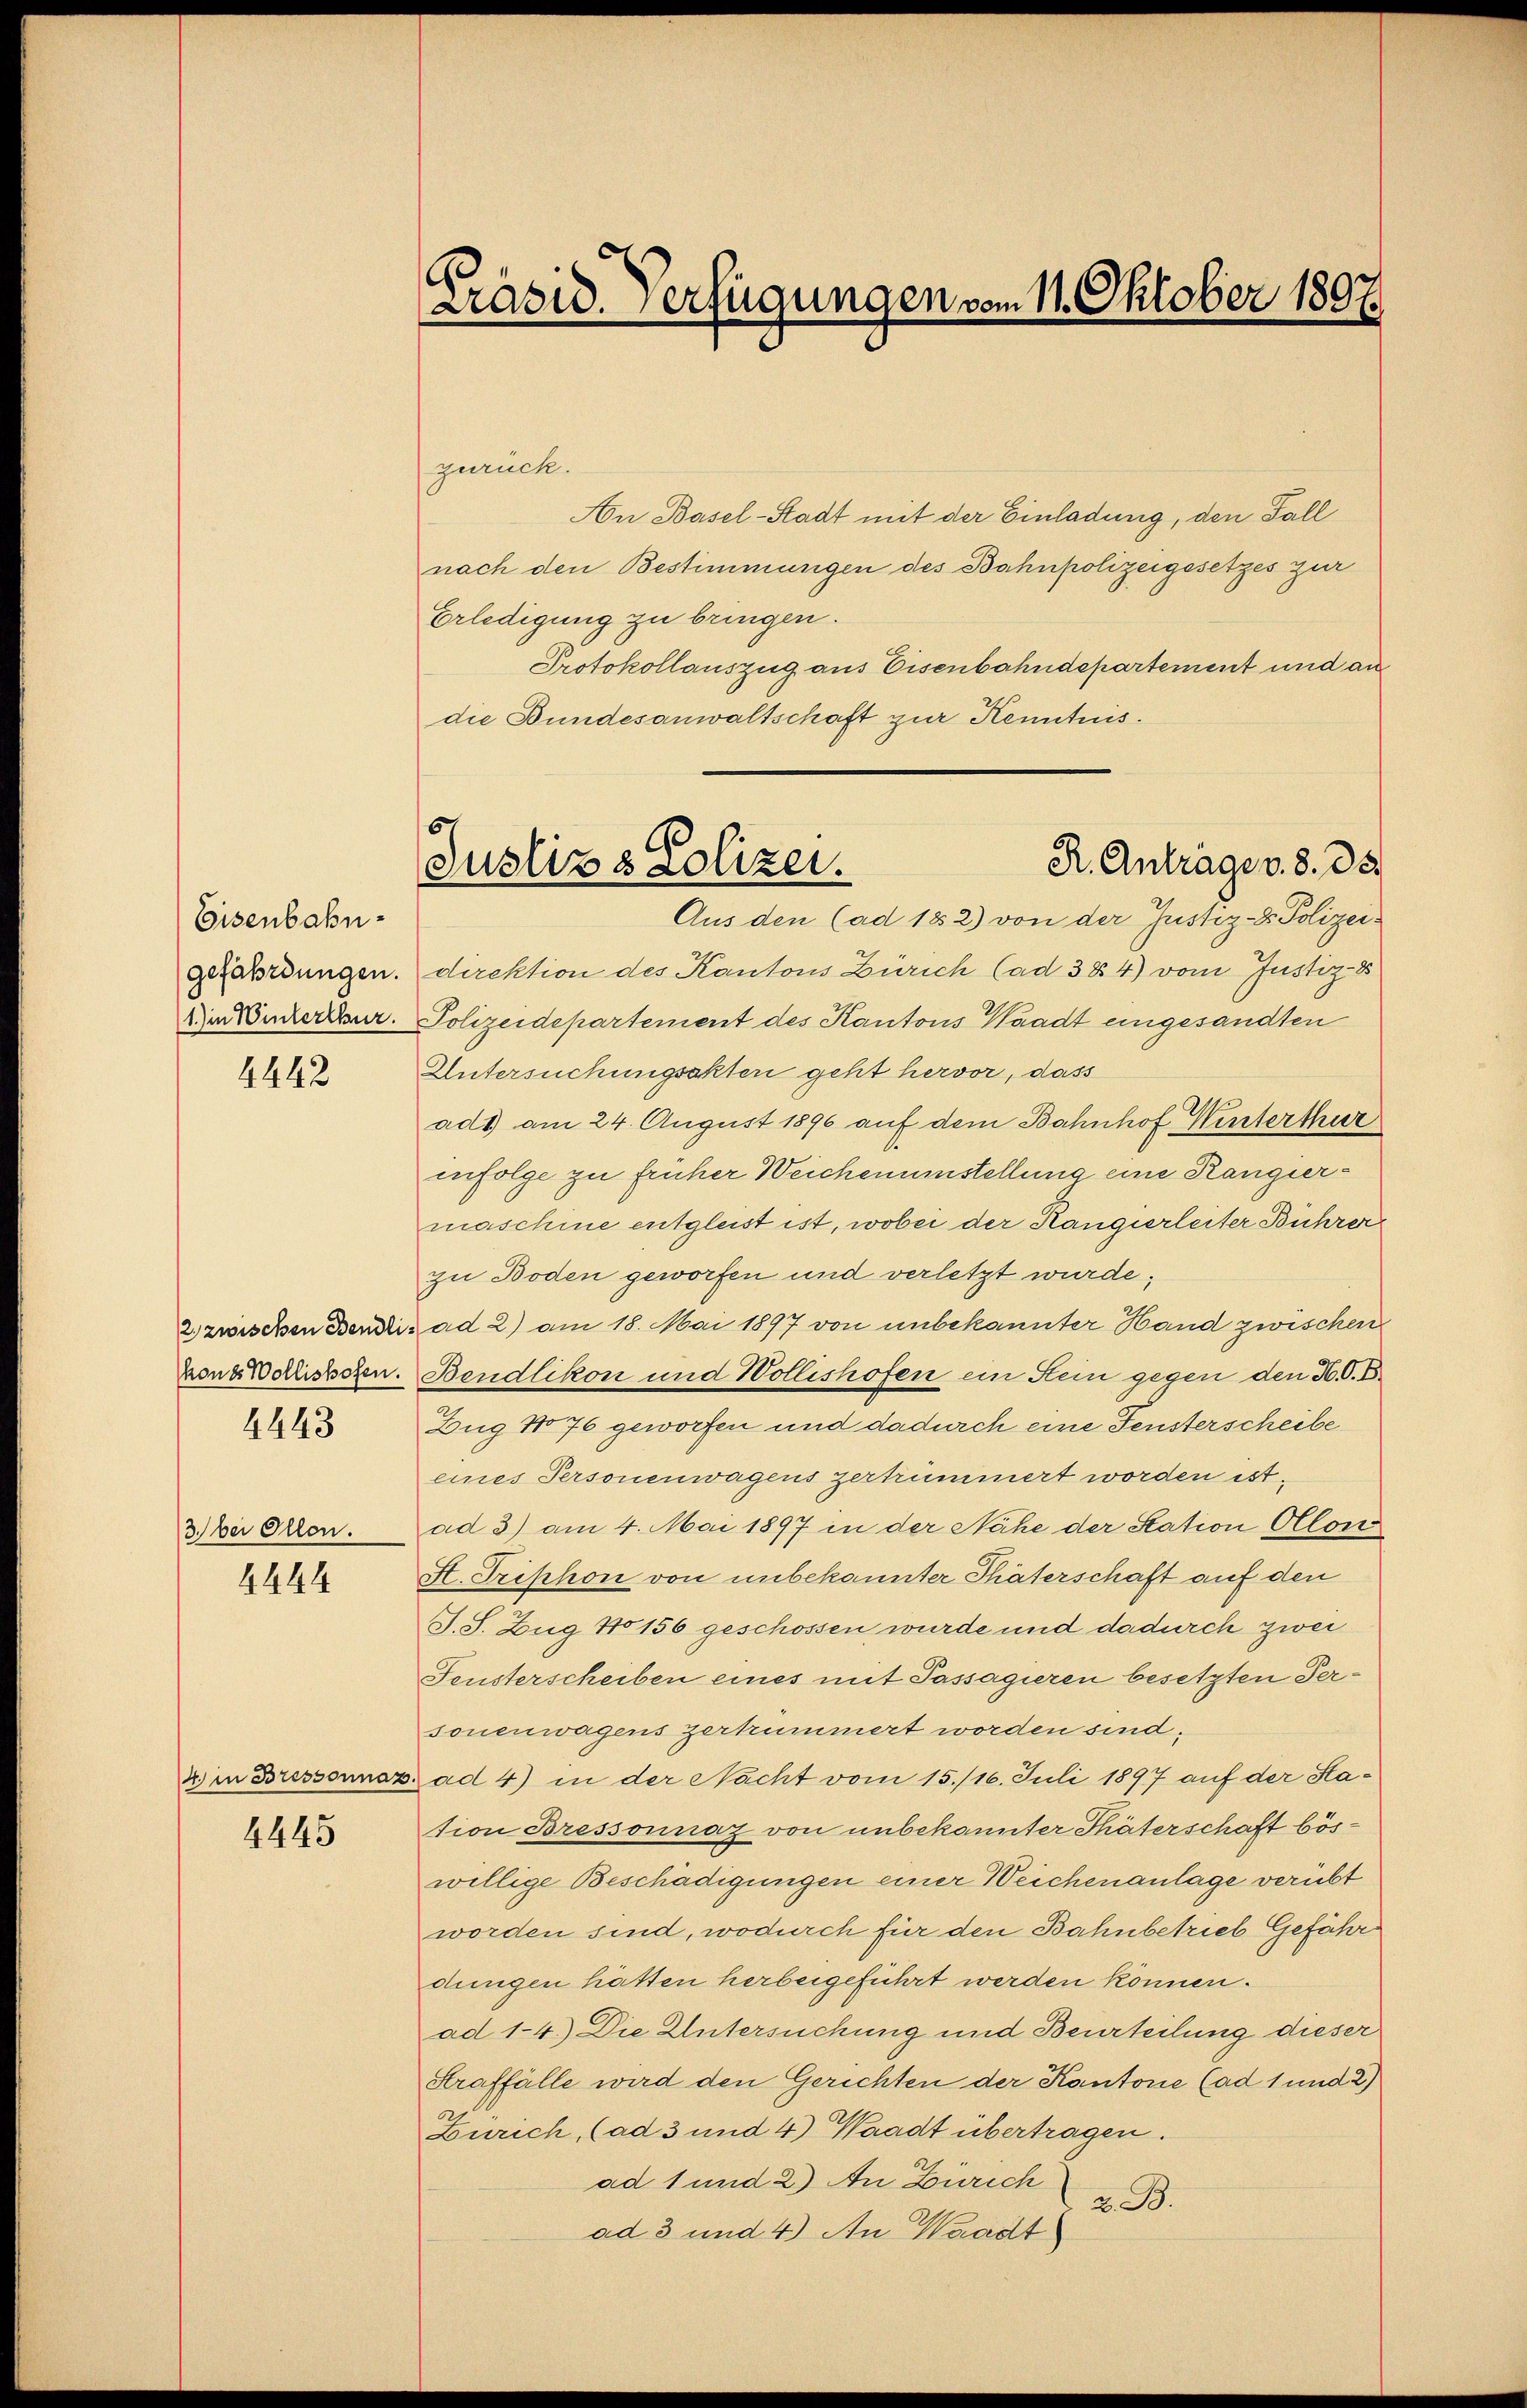
Eisenbahngefährdungen.
1. in Winterthur.

4442

hones Wollishofen.
4443

3) bei Allen.

4444

4) in Bressonnaz

4445

Präsid. Verfügungen vom 11. Oktober 1897.

6
R. Anträge v. 8. de
Justiz & Polizei.
Aus den (ad 182) von der Justiz- & Polizei-

zurück.
Aon Basel-Stadt mit der Einladung, den Fall
nach den Bestimmungen des Bahnpolizeigesetzes zur
Erledigung zu bringen.
Protokollauszug aus Eisenbahndepartement und an
die Bundesanwaltschaft zur Kenntnis.
direktion des Kantons Zürich (ad 384) vom Justiz- &
Polizeidepartement des Kantons Waadt eingesandten
Untersuchungsakten geht hervor, dass
ad1) am 24. August 1890 auf dem Bahnhof Winterthur
infolge zu früher Weichenumstellung eine Rangiermaschine entgleist ist, wobei der Kangierleiter Bührer
zu Boden geworfen und verletzt wurde;
2 zwischen Bendi ad 2) am 18. Mai 1897 von unbekannter Hand zwischen
Bendlikon und Wollishofen ein Hein gegen den H. V. B.
Zug No 76 geworfen und dadurch eine Fensterscheibe
eines Personenwagens zertrümmert worden ist.
ad 3) am 4. Mai 1897 in der Nähe der Station Alon
St. Triphon von unbekannter Thäterschaft auf den
S. S. Zug No 156 geschossen wurde und dadurch zwei
Fensterscheiben eines mit Passagieren besetzten Personenwagens zerkümmert worden sind;
Lad 4) in der Nacht vom 15./16. Juli 1897 auf der Hation Bressonnaz von unbekannter Thäterschaft böswillige Beschädigungen einer Weichenanlage verübt
worden sind, wodurch für den Bahnbetrieb Gefähr
dungen hätten herbeigeführt werden können.
ad 1-4.) Die Untersuchung und Beurteilung dieser
Straffälle wird den Gerichten der Kantone (ad 1 und 2)
Zürich, (ad 3 und 4) Waadt übertragen.
ad 1 und 2) An Zürich
Z. B.
ad 3 und 4.) An Waadt